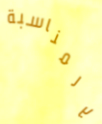
بالمناسبة